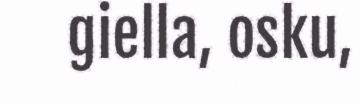
giella, osku,